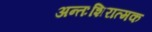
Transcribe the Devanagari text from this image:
अन्तःशिरात्मक